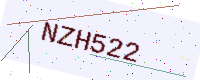
Text: NZH522